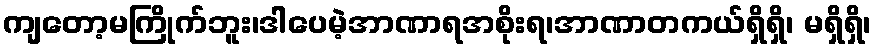
ကျတော့မကြိုက်ဘူး၊ဒါပေမဲ့အာဏာရအစိုးရ၊အာဏာတကယ်ရှိရှိ၊ မရှိရှိ၊